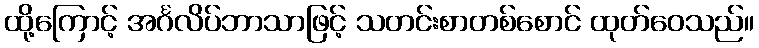
ထို့ကြောင့် အင်္ဂလိပ်ဘာသာဖြင့် သတင်းစာတစ်စောင် ထုတ်ဝေသည်။